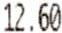
12.60